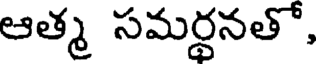
ఆత్మ సమర్థనతో,